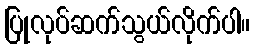
ပြုလုပ်ဆက်သွယ်လိုက်ပါ။